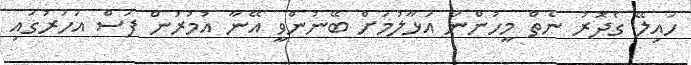
ހައިލޭ ގެދޮރު ނެތް މީހުންނަ އަޅާލުމަށް ބޭނުންވީ އޭނާ އުމުރުން ފަސް އަހަރުގައި